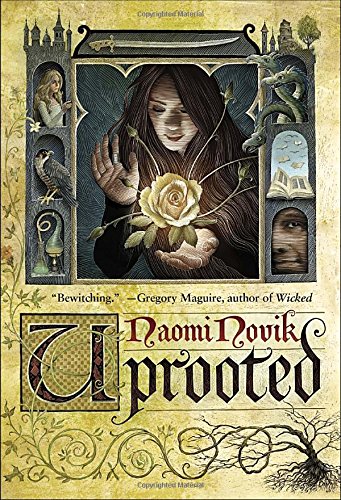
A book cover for Uprooted; Naomi Novik; Science Fiction & Fantasy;